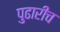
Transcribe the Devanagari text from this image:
पुढारीच